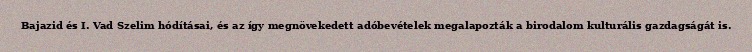
Bajazid és I. Vad Szelim hódításai, és az így megnövekedett adóbevételek megalapozták a birodalom kulturális gazdagságát is.